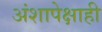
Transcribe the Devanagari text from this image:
अंशापेक्षाही